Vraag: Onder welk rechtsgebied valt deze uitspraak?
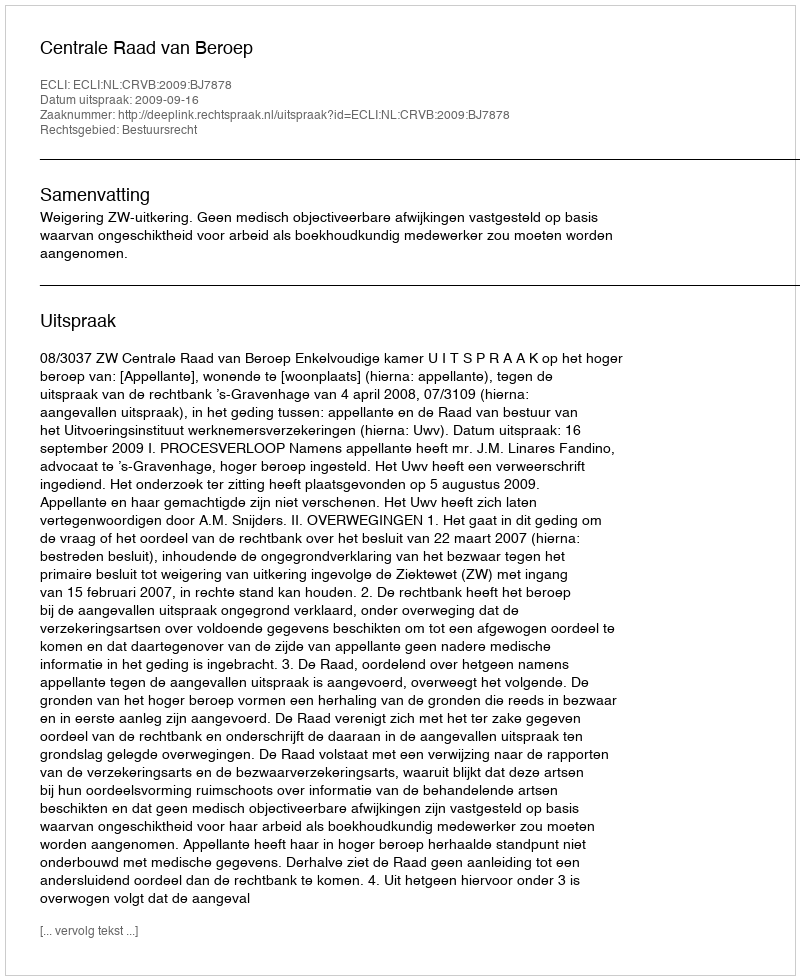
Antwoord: Bestuursrecht